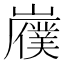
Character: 𫶟